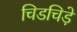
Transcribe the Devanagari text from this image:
चिडचिड़े